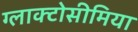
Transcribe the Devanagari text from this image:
ग्लाक्टोसीमिया